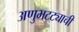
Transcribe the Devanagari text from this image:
अणुभट्ट्याची